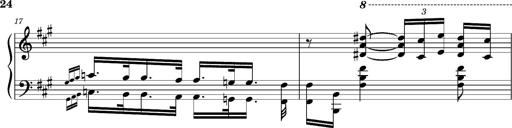
Title: Ungarischer Romanzero
Composer: Franz Liszt